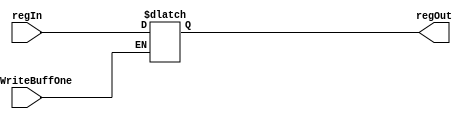
module RFBufferOne(		
	input wire regWriteBuffOne,
	input wire [31:0] regIn,
	output reg [31:0] regOut
	);
	always @* 
		begin			 
			if (regWriteBuffOne == 1) begin
				regOut <= regIn;

		end	
	end
endmodule